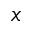
x